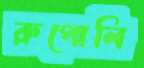
রুপোলি